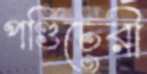
পণ্ডিচেরী